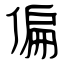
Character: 偏